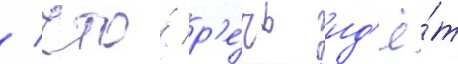
/ что́ р'е́чь ид'ё́т